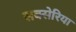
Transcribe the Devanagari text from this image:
सक्सेरिया